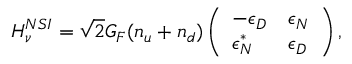
H _ { \nu } ^ { N S I } = \sqrt { 2 } G _ { F } ( n _ { u } + n _ { d } ) \left( \begin{array} { l l } { - \epsilon _ { D } } & { \epsilon _ { N } } \\ { \epsilon _ { N } ^ { * } } & { \epsilon _ { D } } \end{array} \right) ,